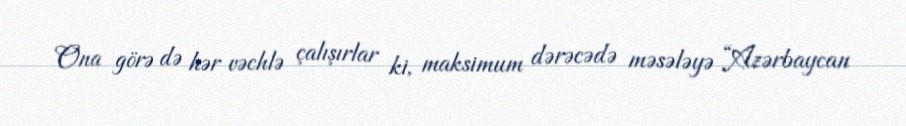
Ona görə də hər vəchlə çalışırlar ki, maksimum dərəcədə məsələyə “Azərbaycan